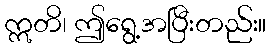
ဣတိ၊ ဤရွေ့အပြီးတည်း။